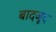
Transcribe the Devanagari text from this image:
बादजूद